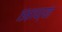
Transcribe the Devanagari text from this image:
१९८१पर्यंत